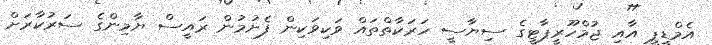
އެމްޑީޕީ އާއި ޖުމްހޫރީޕާޓީގެ ސިޔާސީ ހަރަކާތްތައް ވަކިވަކިން ފެށުމުން ރައީސް ޔާމިންގެ ސަރުކާރަށް